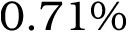
0 . 7 1 \%